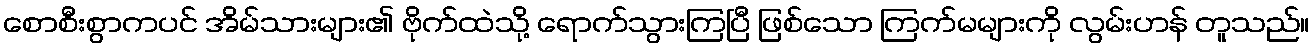
စောစီးစွာကပင် အိမ်သားများ၏ ဗိုက်ထဲသို့ ရောက်သွားကြပြီ ဖြစ်သော ကြက်မများကို လွမ်းဟန် တူသည်။